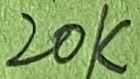
Text: 20K